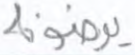
يرضونه